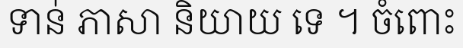
ទាន់ ភាសា និយាយ ទេ ។ ចំពោះ